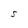
Character: S